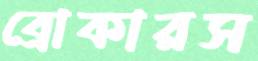
ব্রোকারস